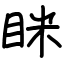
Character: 眯